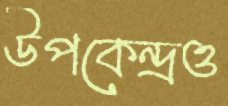
উপকেন্দ্রও